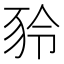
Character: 𧰾